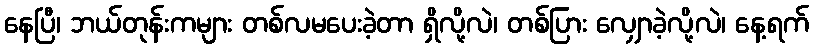
နေပြီ၊ ဘယ်တုန်းကများ တစ်လမပေးခဲ့တာ ရှိလို့လဲ၊ တစ်ပြား လျှောခဲ့လို့လဲ၊ နေ့ရက်